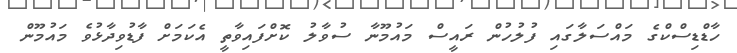
ހާޑްޑިސްކްގެ މައްސަލާގައި ފުލުހުން ރައީސް މައުމޫނާ ސުވާލު ކޮށްފައިވާތީ އެކަމަށް ފާޑުވިދާޅުވެ މައުމޫން